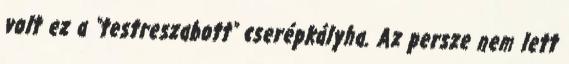
volt ez a "testreszabott" cserépkályha. Az persze nem lett